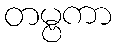
တမ္ဗကာ